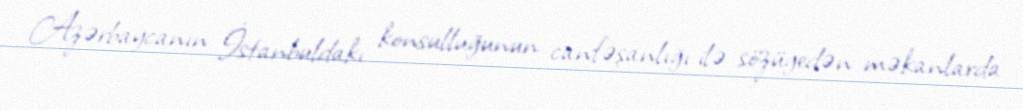
Azərbaycanın İstanbuldakı konsulluğunun canfəşanlığı ilə sözügedən məkanlarda